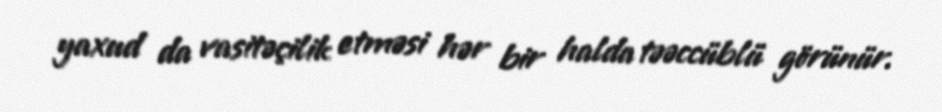
yaxud da vasitəçilik etməsi hər bir halda təəccüblü görünür.